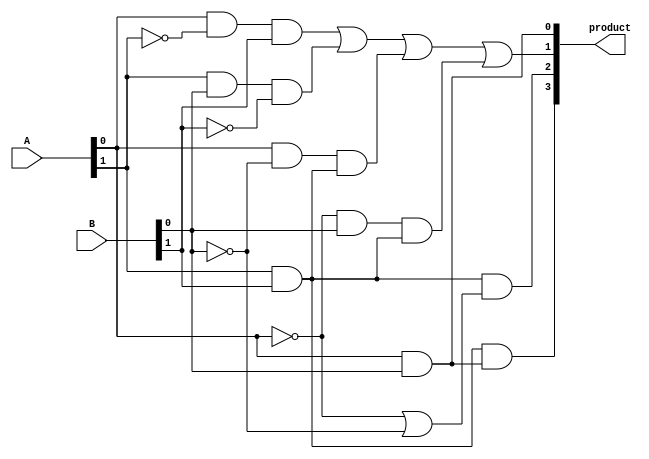
/* This is the further reduced implementation of the reduced multiplier using
 * the design from attempt 1
 * Area:
 * Power:
 * Timing: 
 */
module reduced_multiplier_2(output wire [3:0] product,
                          input wire [1:0] A, B);

    wire a0b0, a1b1;
    assign a0b0 =  A[0] & B[0]; 
    assign a1b1 =  A[1] & B[1];
    assign product[0] = a0b0;
    assign product[1] = (A[0] & ~A[1] & B[1]) | (A[1] & B[0] & ~B[1]) | (A[0] & ~B[0] & a1b1) | (~A[0] & B[0] & a1b1);
    assign product[2] = a1b1 & (~A[0] | ~B[0]);
    assign product[3] = a1b1 & a0b0;
endmodule



/* This is the base reduced implementation of the reduced multiplier using the
 * equations generated from matlab
 * Area: 24.403599 
 * Power: 5.4703e-03mW
 * Timing: 0.11
 */
module reduced_multiplier_2_attempt1(output wire [3:0] product,
                          input wire [1:0] A, B);
    assign product[0] = A[0] & B[0]; 
    assign product[1] = A[0] & ~A[1] & B[1] | A[1] & B[0] & ~B[1] | A[0] & A[1] & ~B[0] & B[1] | ~A[0] & A[1] & B[0] & B[1];
    assign product[2] = A[1] & B[1] & (~A[0] | ~B[0]);
    assign product[3] = A[0] & A[1] & B[0] & B[1];
endmodule


/* This is the base implementation of the reduced multiplier using the
 * equations generated from matlab
 * Area:  24.403599
 * Power: 5.4703e-03mW
 * Timing: 0.11
 */
module reduced_multiplier_2_attempt2(output wire [3:0] product,
                          input wire [1:0] A, B);

    assign product[0] = (A[0] & ~(A[1]) & B[0] & ~(B[1])) | (A[0] & A[1] & B[0] & ~(B[1])) | (A[0] & ~(A[1]) & B[0] & B[1]) | (A[0] & A[1] & B[0] & B[1]);
    assign product[1] = (~(A[0]) & A[1] & B[0] & ~(B[1])) | (A[0] & A[1] & B[0] & ~(B[1])) | (A[0] & ~(A[1]) & ~(B[0]) & B[1]) | (A[0] & A[1] & ~(B[0]) & B[1]) | (A[0] & ~(A[1]) & B[0] & B[1]) | (~(A[0]) & A[1] & B[0] & B[1]); 
    assign product[2] = (~(A[0]) & A[1] & ~(B[0]) & B[1]) | (A[0] & A[1] & ~(B[0]) & B[1]) | (~(A[0]) & A[1] & B[0] & B[1]); 
    assign product[3] = (A[0] & A[1] & B[0] & B[1]); 
endmodule